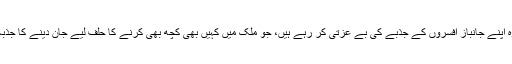
انہیں یہ بھی شرم نہیں آئی کہ وہ اپنے جانباز افسروں کے جذبے کی بے عزتی کر رہے ہیں، جو ملک میں کہیں بھی کچھ بھی کرنے کا حلف لیے جان دینے کا جذبہ لیے فوج میں شامل ہوتے ہیں۔